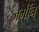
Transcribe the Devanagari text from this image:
जमींन